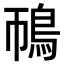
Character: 鳾